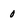
Character: 0